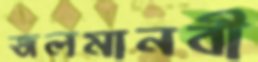
জলমানবী